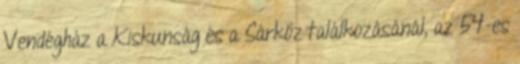
Vendégház a Kiskunság és a Sárköz találkozásánál, az 54-es